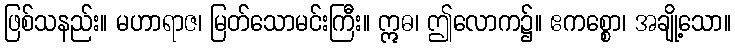
ဖြစ်သနည်း။ မဟာရာဇ၊ မြတ်သောမင်းကြီး။ ဣဓ၊ ဤလောက၌။ ဧကစ္စော၊ အချို့သော။